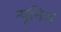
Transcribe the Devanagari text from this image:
न्यूनिज